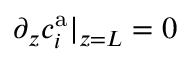
\partial _ { z } c _ { i } ^ { \mathrm { a } } | _ { z = L } = 0